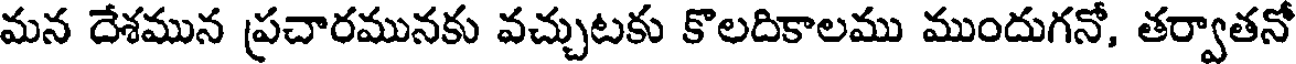
మన దేశమున ప్రచారమునకు వచ్చుటకు కొలదికాలము ముందుగనో, తర్వాతనో